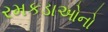
રમકડાઓનો